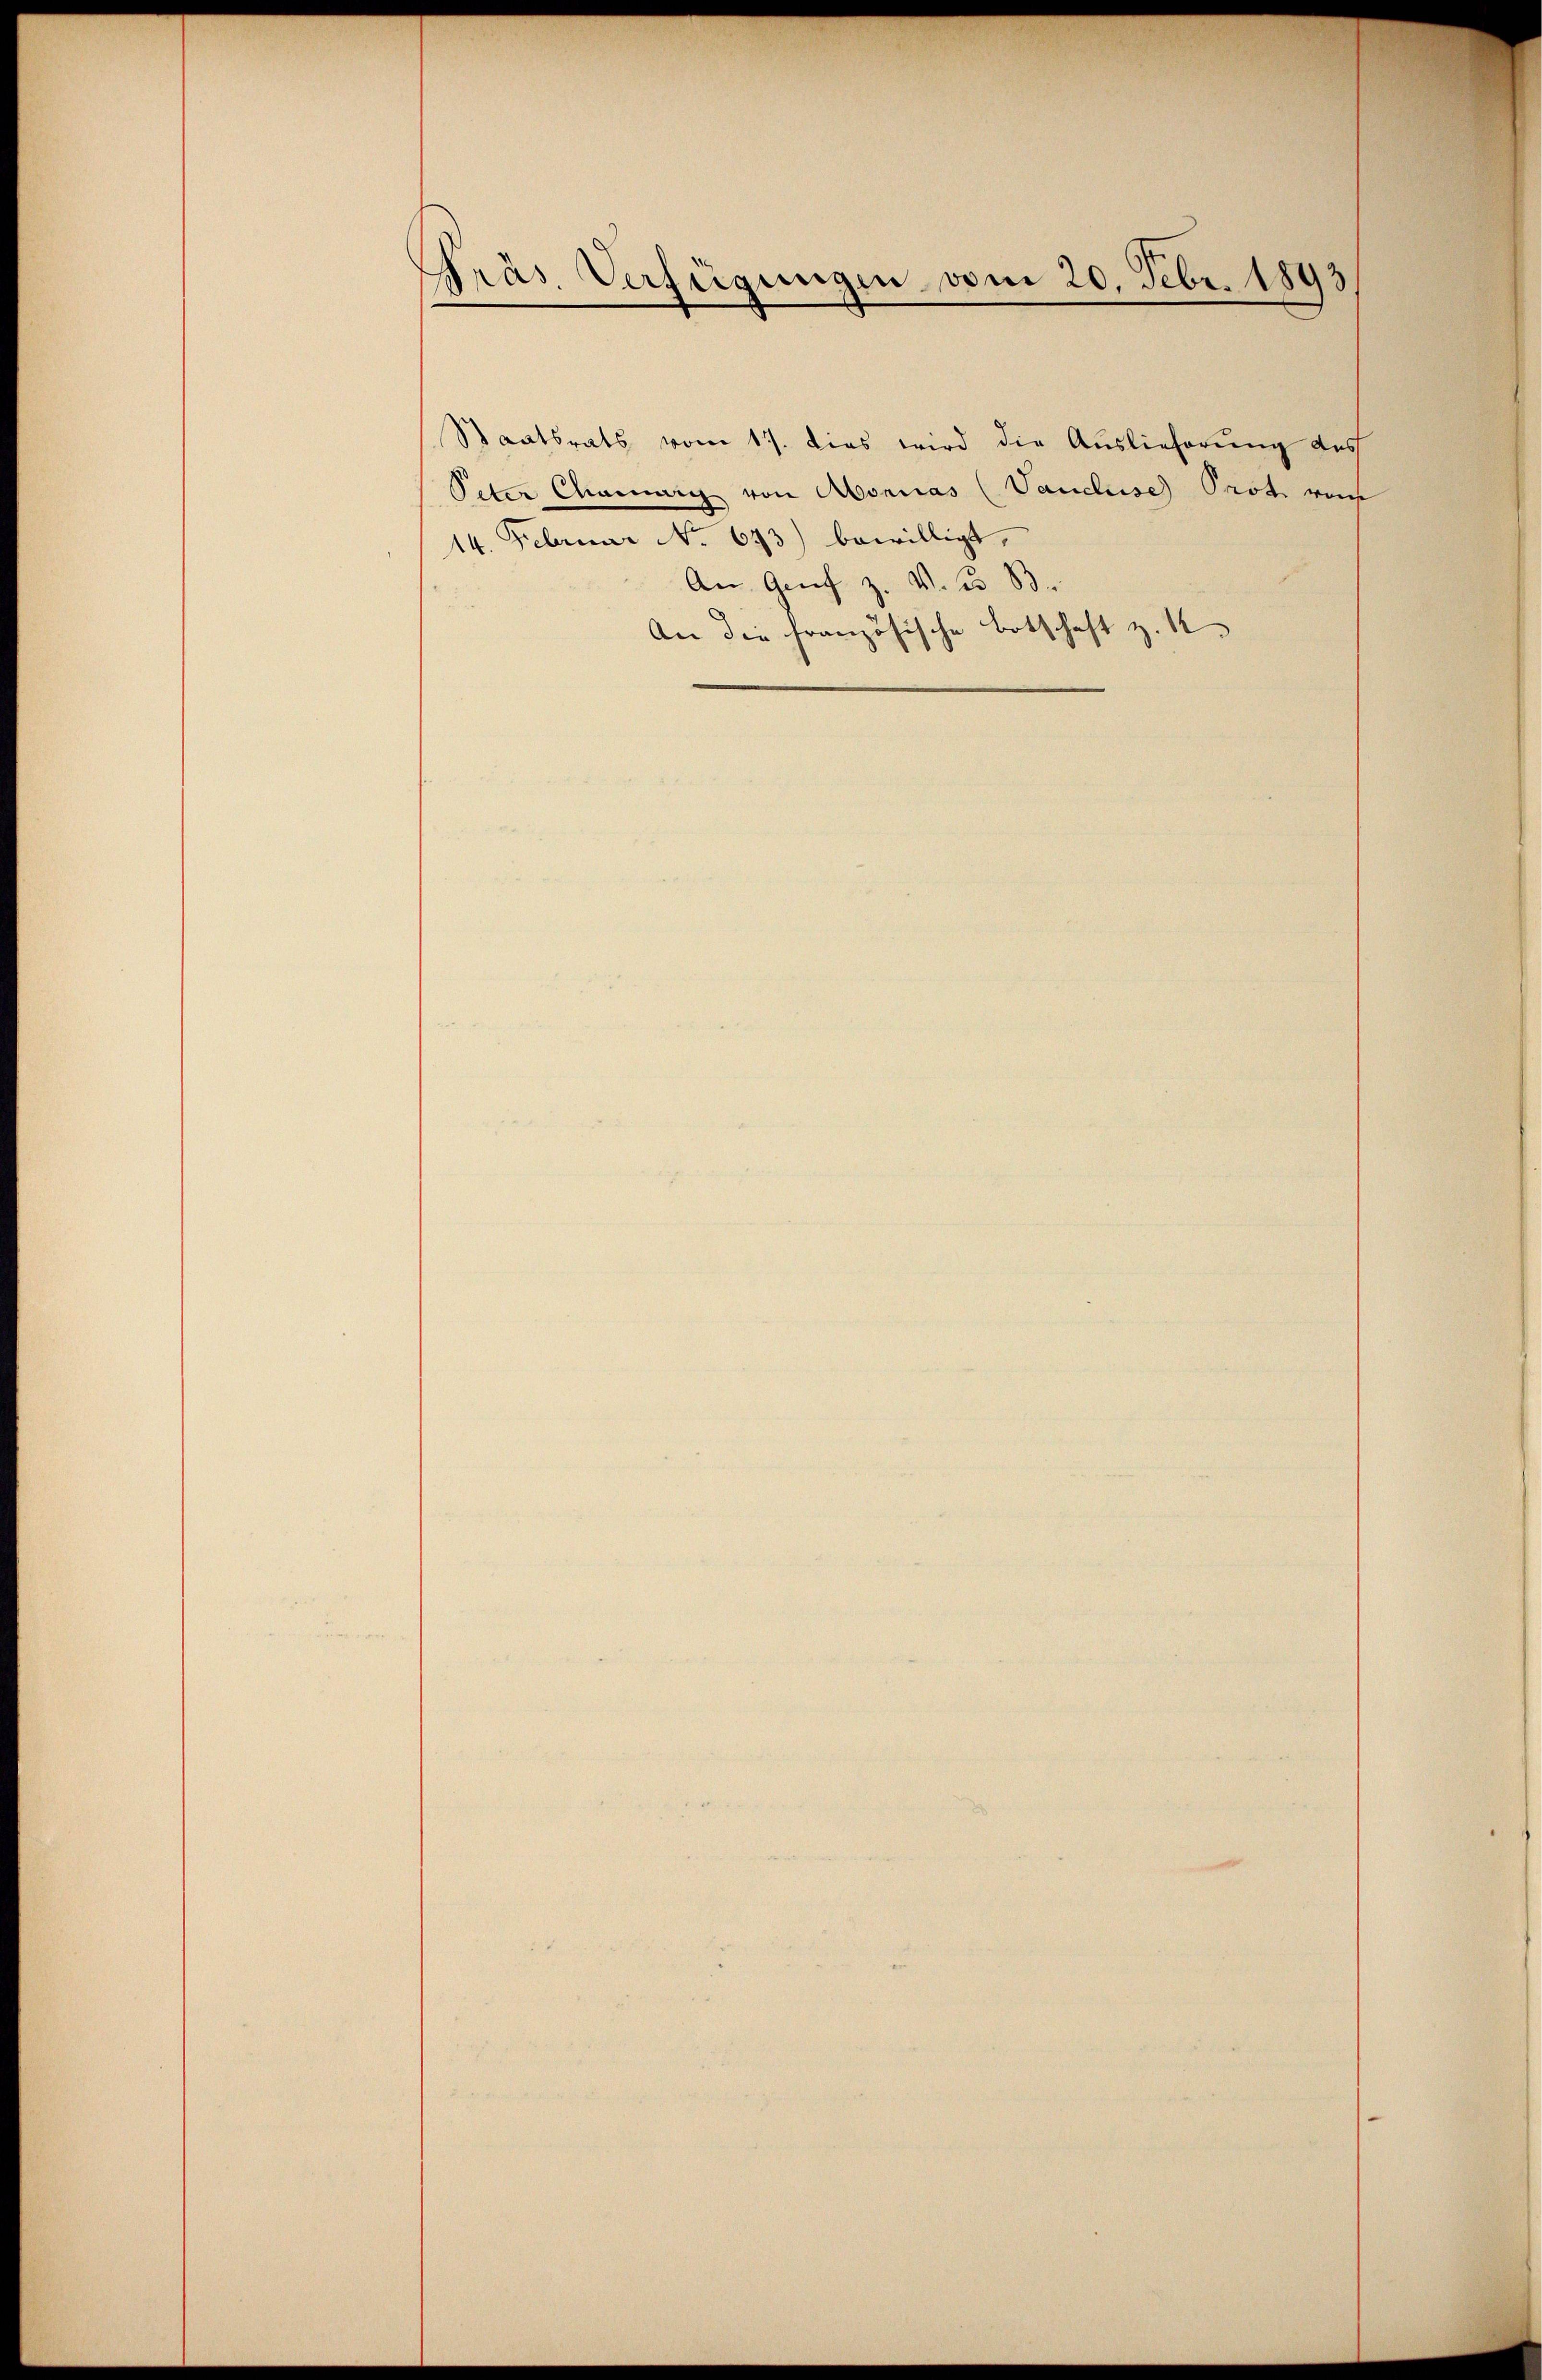
Präs. Verfügungen vom 20. Febr. 1893

Staatsrats vom 17. dies wird die Auslieferung auch
Peter Chang von Abonnas (Vaucluise Prote von
14. Februar No. 673) bewilligt.
An Genf z. V. B. B
An die französische Botschaft z. K